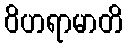
ဝိဟရာမာတိ